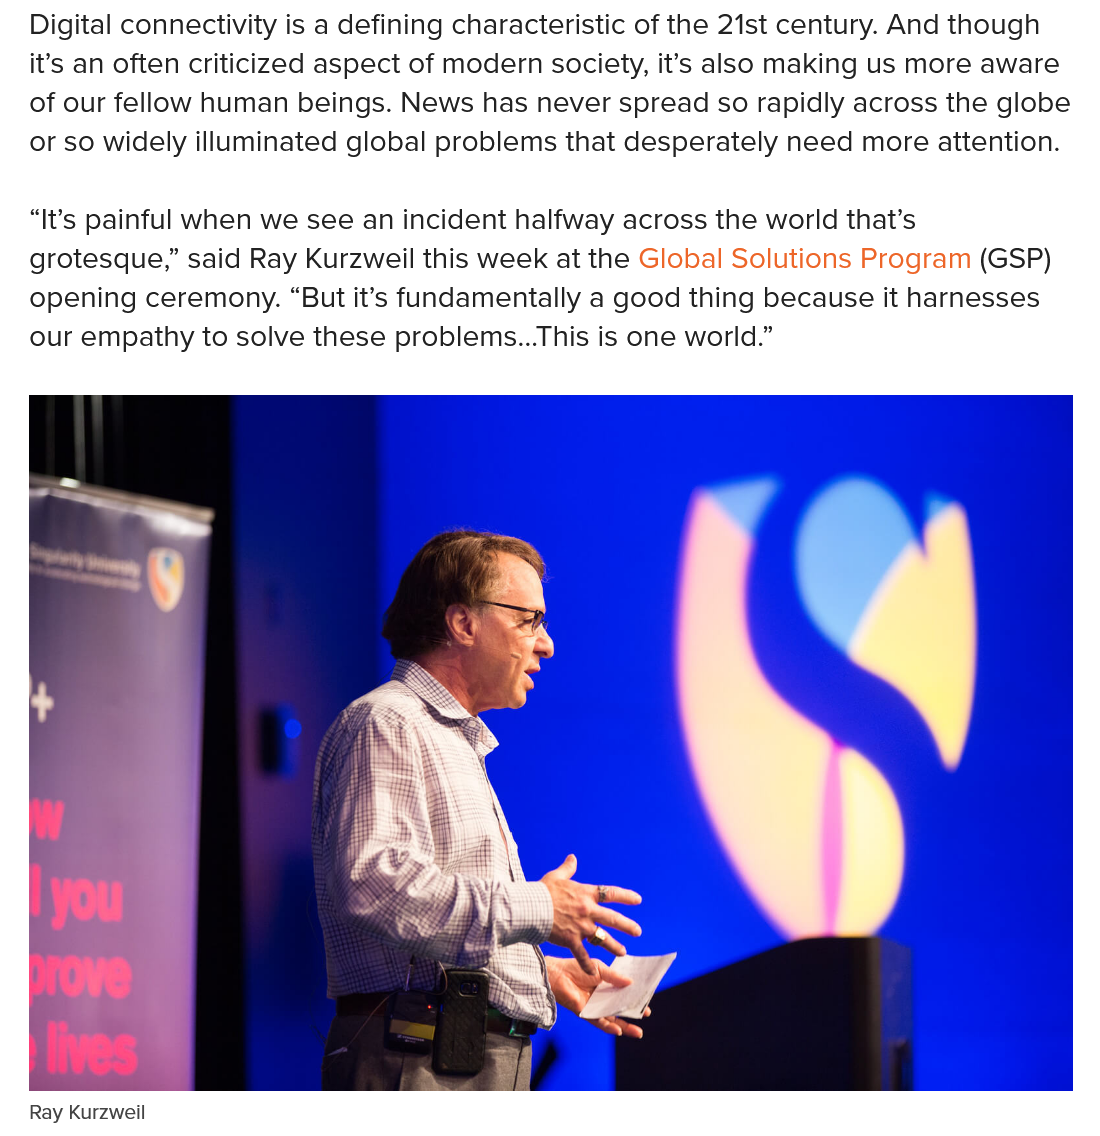
Digital connectivity is a defining characteristic of the 21st century. And though
   it’s an often criticized aspect of modern society, it’s also making us more aware
   of our fellow human beings. News has never spread so rapidly across the globe
   or so widely illuminated global problems that desperately need more attention.
   “It's painful when we see an incident halfway across the world that’s
   grotesque,” said Ray Kurzweil this week at the Global Solutions Program (GSP)
   opening ceremony. “But it’s fundamentally a good thing because it harnesses
   our empathy to solve these problems...This is one world.”

   Ray Kurzweil